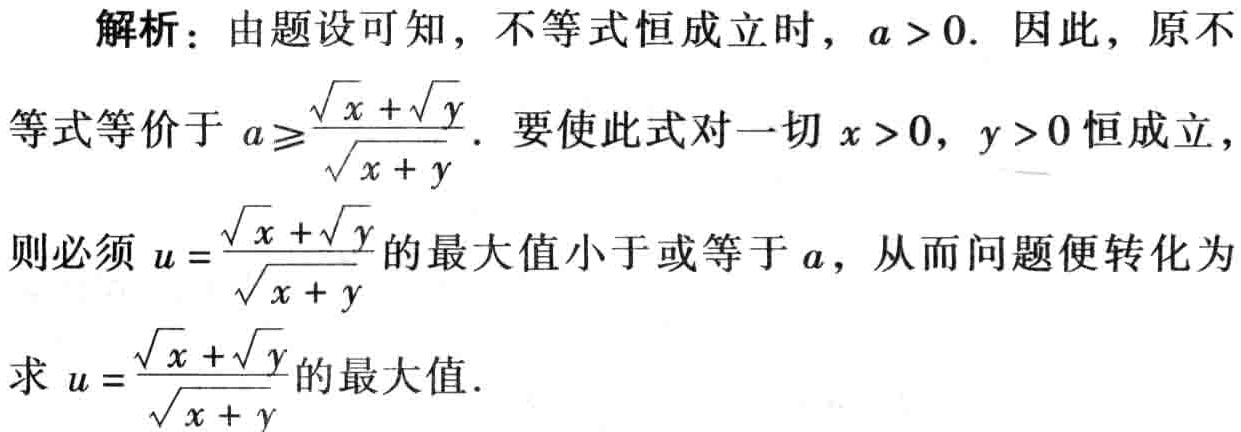
解析：由题设可知，不等式恒成立时，\(a > 0\). 因此，原不
等式等价于 \(a\geqslant\frac{\sqrt{x}+\sqrt{y}}{\sqrt{x + y}}\). 要使此式对一切 \(x > 0,\ y > 0\) 恒成立，
则必须 \(u = \frac{\sqrt{x}+\sqrt{y}}{\sqrt{x + y}}\) 的最大值小于或等于 \(a\)，从而问题便转化为
求 \(u = \frac{\sqrt{x}+\sqrt{y}}{\sqrt{x + y}}\) 的最大值.